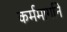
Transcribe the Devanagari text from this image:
कर्ममार्गाने